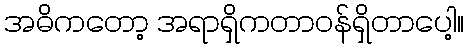
အဓိကတော့ အရာရှိကတာဝန်ရှိတာပေါ့။